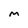
Character: M